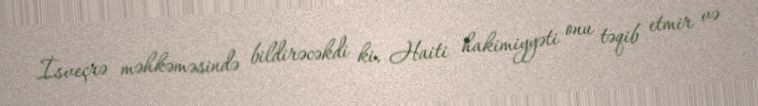
İsveçrə məhkəməsində bildirəcəkdi ki, Haiti hakimiyyəti onu təqib etmir və